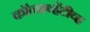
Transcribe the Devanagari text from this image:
कॉन्झर्व्हेटीव्ह